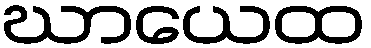
ဃာယေထ